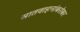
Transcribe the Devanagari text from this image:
सातवाहनांबरोबर